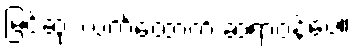
မြင့်ဆုံး လက်ထောက် ဆရာဝန်ပေ။